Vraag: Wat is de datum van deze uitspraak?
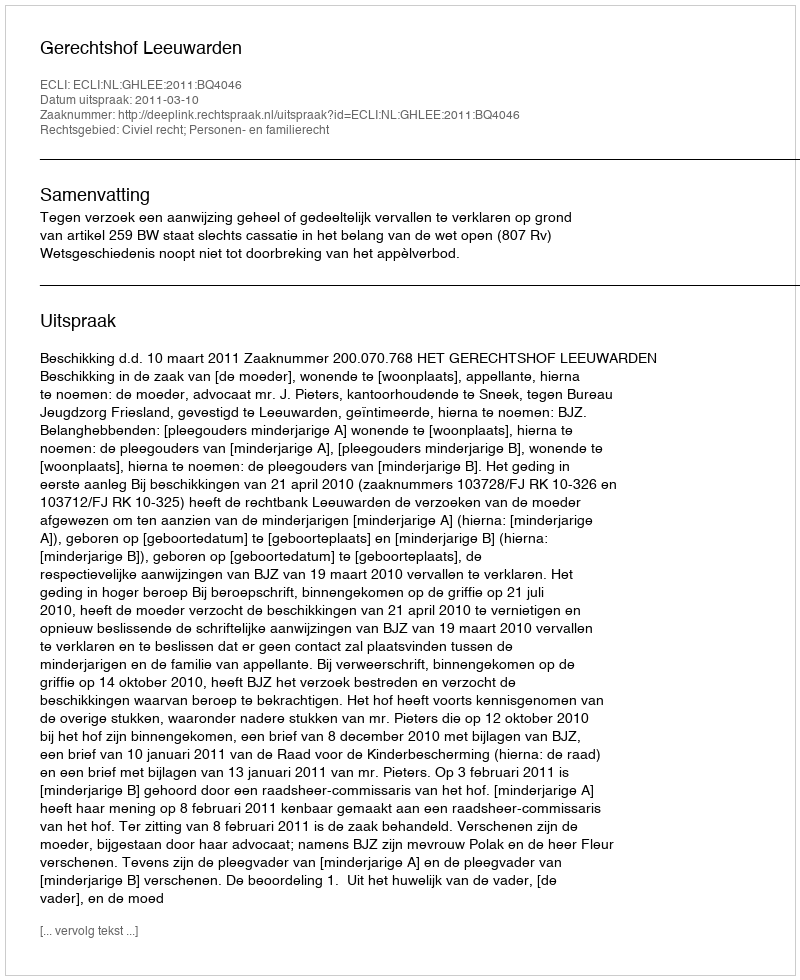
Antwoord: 2011-03-10